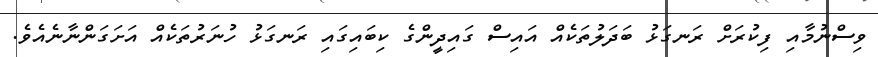
ވިސްނުމާއި ފިކުރަށް ރަނގަޅު ބަދަލުތަކެއް އައިސް ގައިދީންގެ ކިބައިގައި ރަނގަޅު ހުނަރުތަކެއް އަށަގަންނާނެއެވެ.